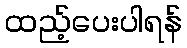
ထည့်ပေးပါရန်